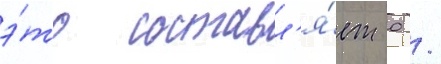
э́то составл'я́ет 0 /